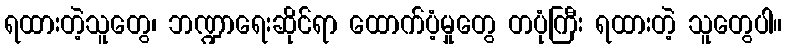
ရထားတဲ့သူတွေ၊ ဘဏ္ဍာရေးဆိုင်ရာ ထောက်ပံ့မှုတွေ တပုံကြီး ရထားတဲ့ သူတွေပါ။